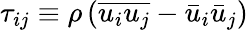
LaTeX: \tau_{ij}\equiv\rho\left(\overline{{u_{i}u_{j}}}-\bar{u}_{i}\bar{u}_{j}\right)